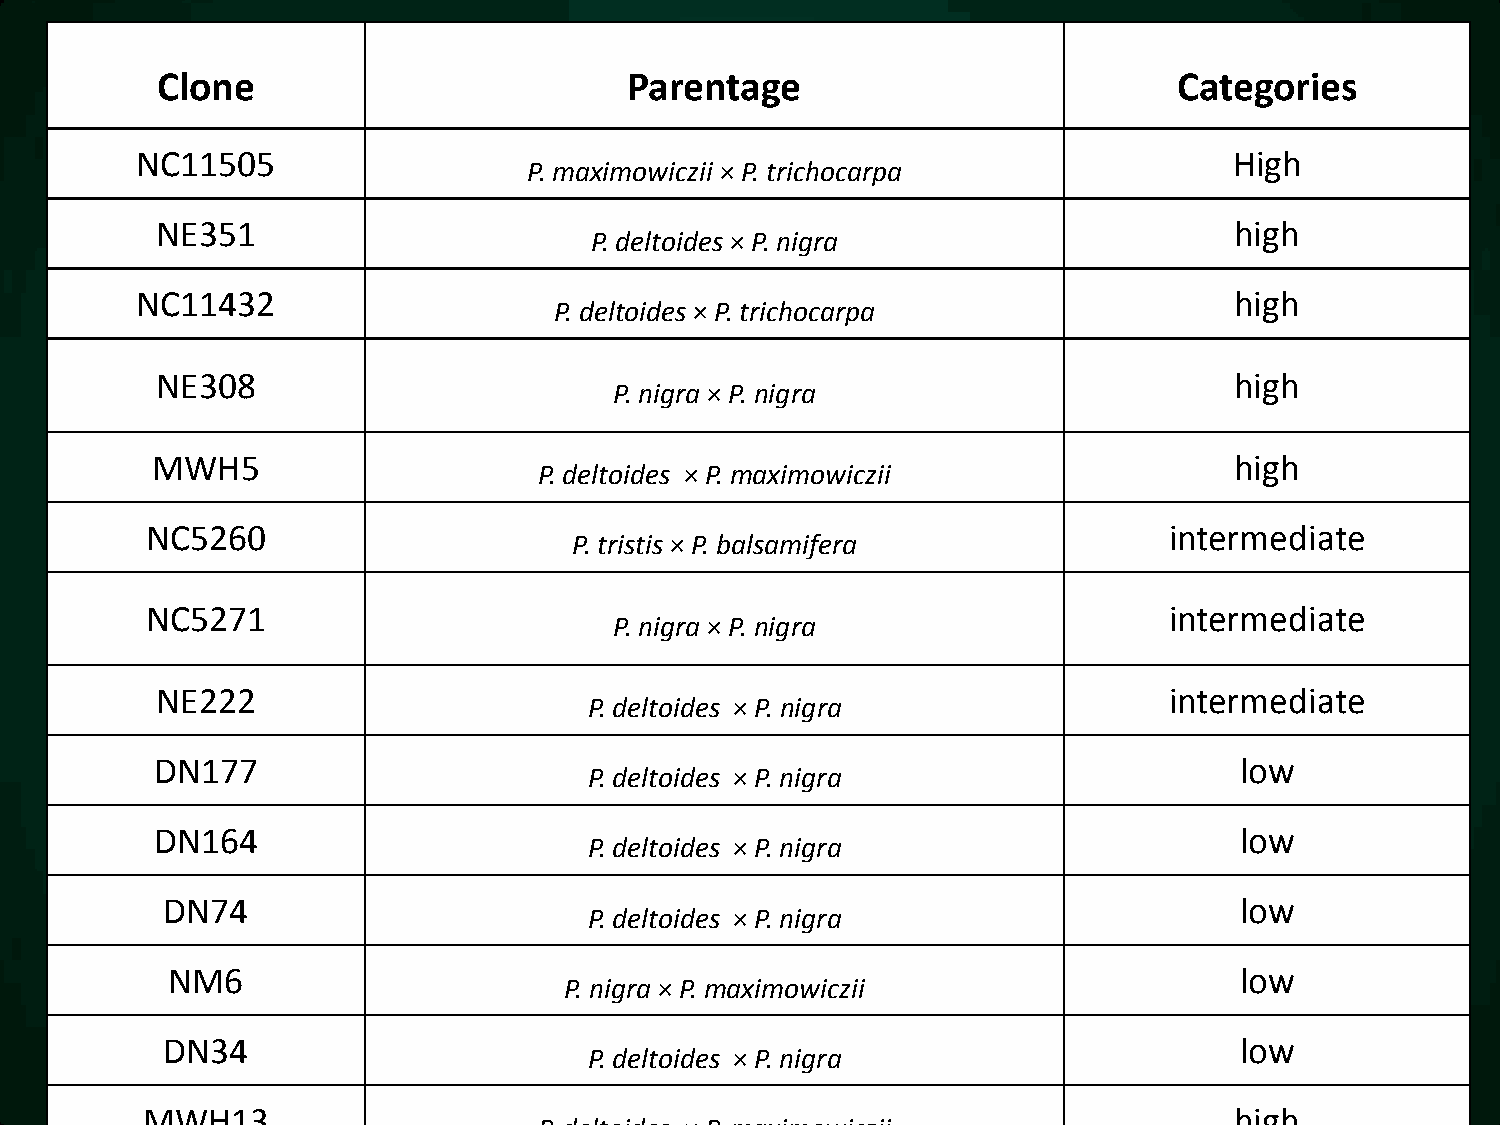
Clone                           Parentage                           Categories
 NC11505                                                                  High
 P. maximowiczii × P. trichocarpa
 NE351                                                                   high
 P. deltoides × P. nigra
 NC11432                                                                  high
 P. deltoides × P. trichocarpa
 NE308                                                                   high
 P. nigra × P. nigra
 MWH5                                                                    high
 P. deltoides × P. maximowiczii
 NC5260                                                             intermediate
 P. tristis × P. balsamifera
 NC5271                                                             intermediate
 P. nigra × P. nigra
 NE222                                                              intermediate
 P. deltoides × P. nigra
 DN177                                                                   low
 P. deltoides × P. nigra
 DN164                                                                   low
 P. deltoides × P. nigra
 DN74                                                                   low
 P. deltoides × P. nigra
 NM6                                                                    low
 P. nigra × P. maximowiczii
 DN34                                                                   low
 P. deltoides × P. nigra
 MWH13                                                                    high
 P. deltoides × P. maximowiczii